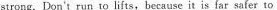
strong. Don't run to lifts, because it is far safer to